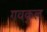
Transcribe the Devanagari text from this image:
गवकुल